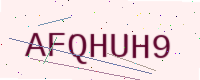
Text: AFQHUH9